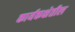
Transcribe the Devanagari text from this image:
कार्यकक्षेतील